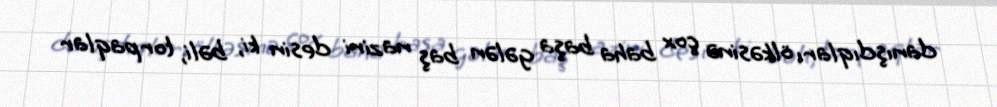
danışdıqları ölkəsinə çox baha başa gələn baş naziri desin ki, bəli, torpaqlar